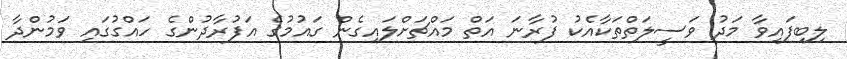
ލިބިފައިވާ މަދު ވަސީލަތްތަކާއެކު ފުރާނަ އަތް މައްޗަށްލައިގެން ގައުމުގެ އަފުރާދުންގެ ހައްގުގައި ވަމުންދާ